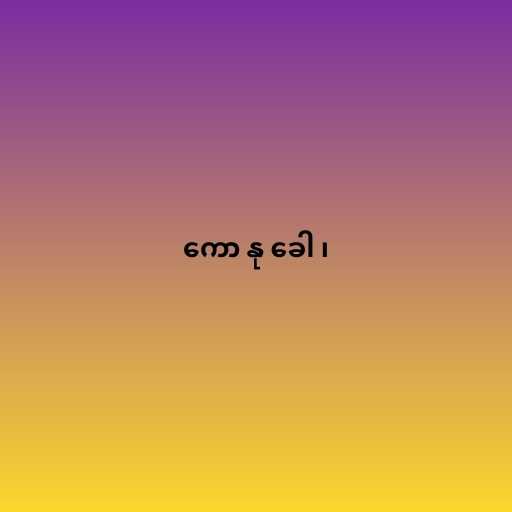
ကော နု ခေါ ၊